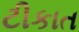
ટીકાત